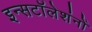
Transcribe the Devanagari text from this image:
इन्सटॉलेशंनों